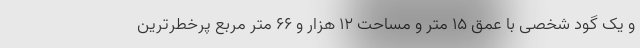
و یک گود شخصی با عمق ۱۵ متر و مساحت ۱۲ هزار و ۶۶ متر مربع پرخطر‌ترین